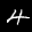
Label: 4